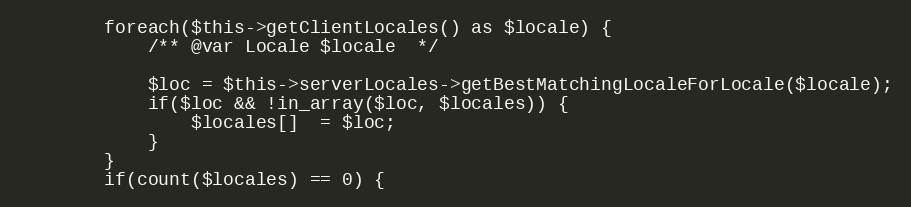
Language: PHP
        foreach($this->getClientLocales() as $locale) {
            /** @var Locale $locale  */

            $loc = $this->serverLocales->getBestMatchingLocaleForLocale($locale);
            if($loc && !in_array($loc, $locales)) {
                $locales[]  = $loc;
            }
        }
        if(count($locales) == 0) {